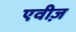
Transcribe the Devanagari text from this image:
एवीज़